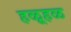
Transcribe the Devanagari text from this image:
हळूहळ